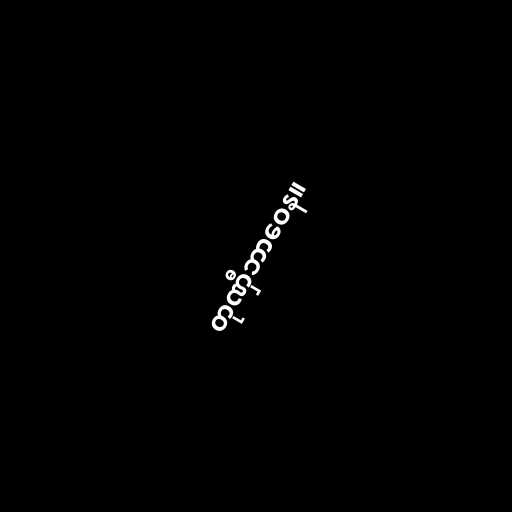
တုဏှီဘာဝေန။